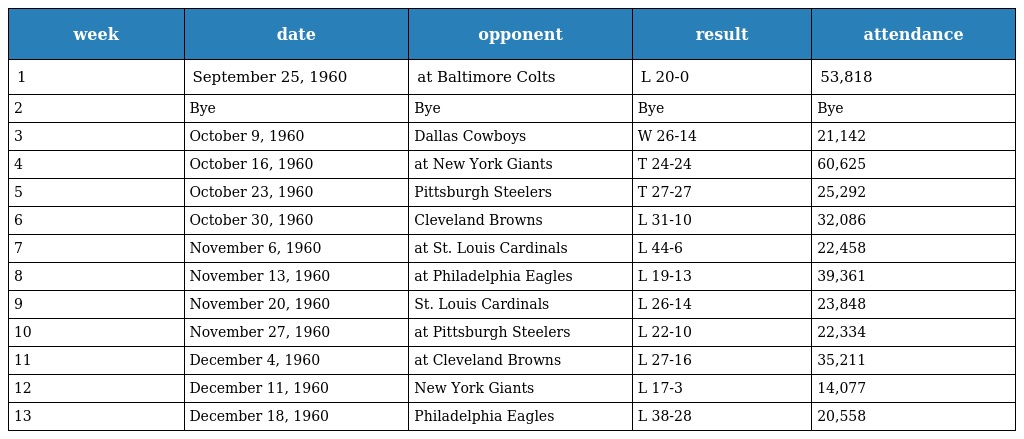
| week | date | opponent | result | attendance |
 | --- | --- | --- | --- | --- |
 | 1 | September 25, 1960 | at Baltimore Colts | L 20-0 | 53,818 |
 | 2 | Bye | Bye | Bye | Bye |
 | 3 | October 9, 1960 | Dallas Cowboys | W 26-14 | 21,142 |
 | 4 | October 16, 1960 | at New York Giants | T 24-24 | 60,625 |
 | 5 | October 23, 1960 | Pittsburgh Steelers | T 27-27 | 25,292 |
 | 6 | October 30, 1960 | Cleveland Browns | L 31-10 | 32,086 |
 | 7 | November 6, 1960 | at St. Louis Cardinals | L 44-6 | 22,458 |
 | 8 | November 13, 1960 | at Philadelphia Eagles | L 19-13 | 39,361 |
 | 9 | November 20, 1960 | St. Louis Cardinals | L 26-14 | 23,848 |
 | 10 | November 27, 1960 | at Pittsburgh Steelers | L 22-10 | 22,334 |
 | 11 | December 4, 1960 | at Cleveland Browns | L 27-16 | 35,211 |
 | 12 | December 11, 1960 | New York Giants | L 17-3 | 14,077 |
 | 13 | December 18, 1960 | Philadelphia Eagles | L 38-28 | 20,558 |